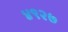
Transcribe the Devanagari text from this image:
४९२७